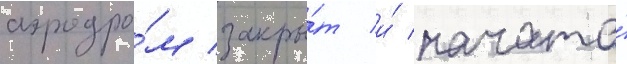
аэродро́м закры́т и́ начата́